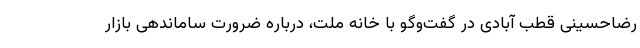
رضاحسینی قطب آبادی در گفت‌وگو با خانه ملت، درباره ضرورت ساماندهی بازار